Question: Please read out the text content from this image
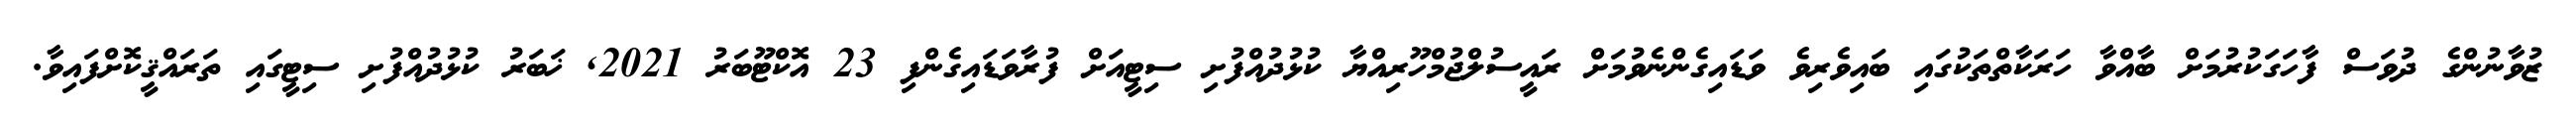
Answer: ޒުވާނުންގެ ދުވަސް ފާހަގަކުރުމަށް ބާއްވާ ހަރަކާތްތަކުގައި ބައިވެރިވެ ވަޑައިގެންނެވުމަށް ރައީސުލްޖުމްހޫރިއްޔާ ކުޅުދުއްފުށި ސިޓީއަށް ފުރާވަޑައިގެންފި 23 އޮކްޓޫބަރު 2021, ޚަބަރު ކުޅުދުއްފުށި ސިޓީގައި ތަރައްޤީކޮށްފައިވާ.